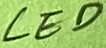
Text: LED